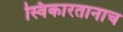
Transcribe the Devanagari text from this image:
स्विकारतानाच